Document type: Sale
Year: 1323
Scribe: Guillem Coscoll
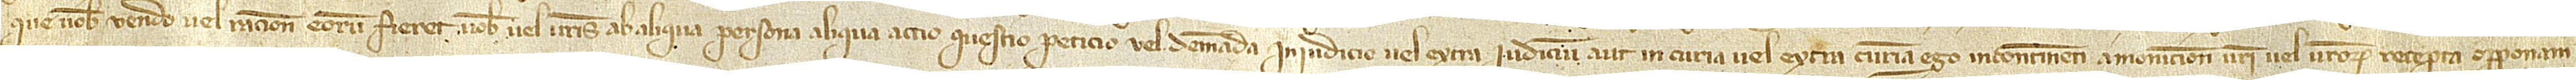
que vobis vendo vel ratione eorum fieret vobis vel vestris ab aliqua persona aliqua actio, questio, peticio vel demanda, in iudicio vel extra iudicium, aut in curia vel extra curiam, ego incontinenti a monicione vestri vel vestrorum recepta opponam